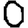
Digit: 0